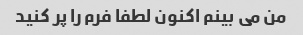
من می بینم اکنون لطفا فرم را پر کنید